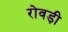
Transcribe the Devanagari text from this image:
रोवड़ी